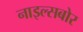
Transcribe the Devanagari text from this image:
नाइल्सबोर